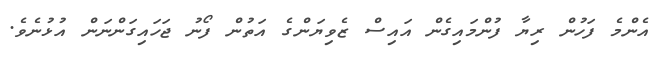
އެންމެ ފަހުން ރިޔާ ފުންމައިގެން އައިސް ޒެވިޔަންގެ އަތުން ފޯނު ޖަހައިގަންނަން އުޅުނެވެ.